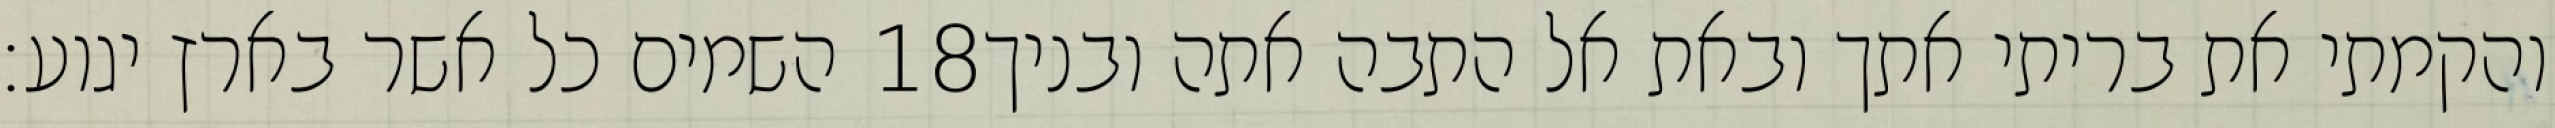
השמים כל אשר בארץ יגוע׃ ‎18‏ והקמתי את בריתי אתך ובאת אל התבה אתה ובניך